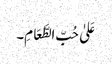
عَلیٰ حُبِّ الطَّعَامِ۔